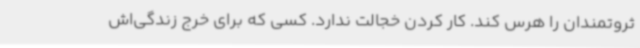
ثروتمندان را هرس کند. کار کردن خجالت ندارد. کسی که برای خرج زندگی‌اش